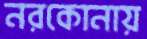
নরকোনায়